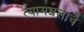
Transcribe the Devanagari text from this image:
त्यामधलाच